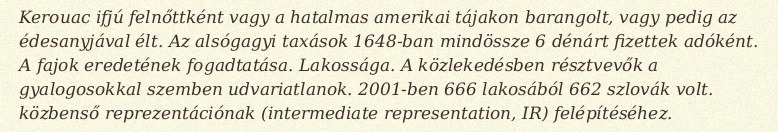
Kerouac ifjú felnőttként vagy a hatalmas amerikai tájakon barangolt, vagy pedig az édesanyjával élt. Az alsógagyi taxások 1648-ban mindössze 6 dénárt fizettek adóként. A fajok eredetének fogadtatása. Lakossága. A közlekedésben résztvevők a gyalogosokkal szemben udvariatlanok. 2001-ben 666 lakosából 662 szlovák volt. közbenső reprezentációnak (intermediate representation, IR) felépítéséhez.